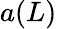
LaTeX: a(L)